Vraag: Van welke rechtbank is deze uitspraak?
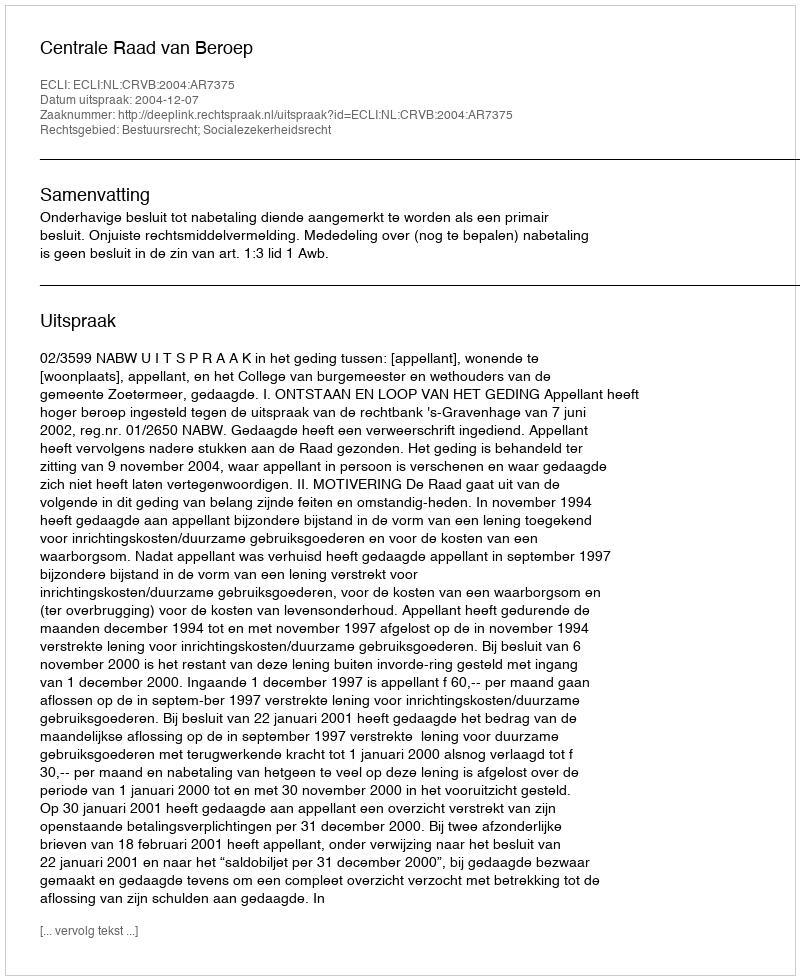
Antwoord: Centrale Raad van Beroep